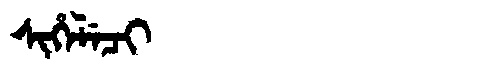
Manchu: ᠰᡳᡥᡝᠯᡝᠴᡳ
Romanization: SIHELECI